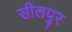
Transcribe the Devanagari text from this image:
सीलपुर